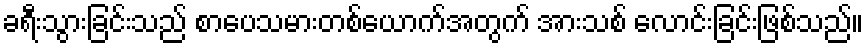
ခရီးသွားခြင်းသည် စာပေသမားတစ်ယောက်အတွက် အားသစ် လောင်းခြင်းဖြစ်သည်။